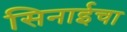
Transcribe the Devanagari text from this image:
सिनाईचा